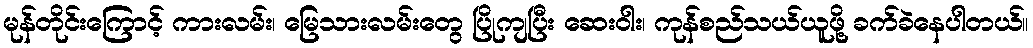
မုန်တိုင်းကြောင့် ကားလမ်း၊ မြေသားလမ်းတွေ ပြိုကျပြီး ဆေးဝါး၊ ကုန်စည်သယ်ယူဖို့ ခက်ခဲနေပါတယ်။